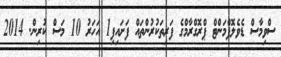
ސްވިމާސް ޑެވެލޮޕްމަންޓް ޕްރޮގްރާމްގެ ފަރިތަކުރުންތައް ފަށައިފި1 އަހަރު 10 މަސް ކުރިން. 2014